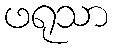
ဖရုသာ